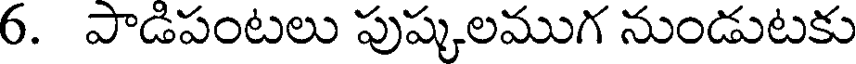
6. పాడిపంటలు పుష్కలముగ నుండుటకు